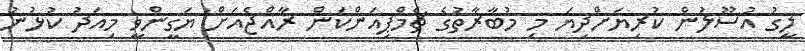
ލީގު އުސޫލުން ކުރިޔަށްދިޔަ މި މުބާރާތުގެ ޗެމްޕިއަންކަން ރާއްޖެއަށް ޔަގީންވީ މިއަދު ކުޅުނު